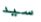
سيد